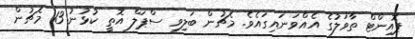
ޕޮއިންޓް ތާވަލުގެ އެއްވަނައިގައެވެ. މެޗުން ބަލިވި ސްޕަލް އޮތީ ކުޅުނު 13 މެޗުން